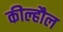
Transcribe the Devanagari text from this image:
कील्हौल